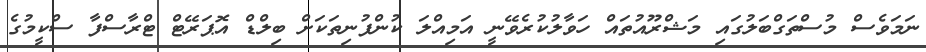
ނަމަވެސް މުސްތަގްބަލުގައި މަޝްރޫއުތައް ހަވާލުކުރެވޭނީ އަމިއްލަ ކުންފުނިތަކަށް ބިލްޑް އޮޕަރޭޓް ޓްރާސްފާ ސްކީމުގެ